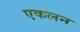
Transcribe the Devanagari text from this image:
एकलन